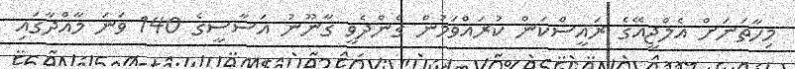
މިހާތަނަށް އެލްޖީއޭގެ ރައީސްކަން ކުރައްވަމުން ގެންދެވީ ގާނޫނު އަސާސީގެ 140 ވަނަ މާއްދާގައި